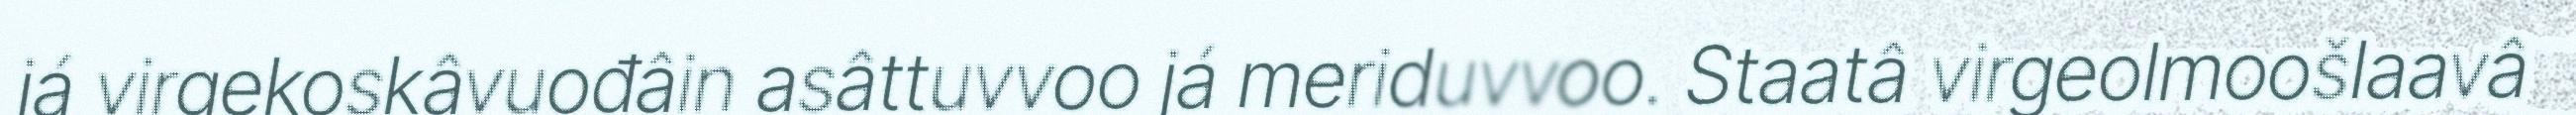
já virgekoskâvuođâin asâttuvvoo já meriduvvoo. Staatâ virgeolmoošlaavâ